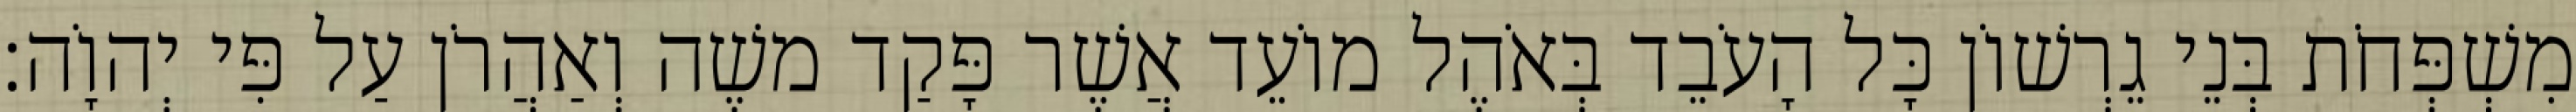
מִשְׁפְּחֹת בְּנֵי גֵרְשׁוֹן כָּל הָעֹבֵד בְּאֹהֶל מוֹעֵד אֲשֶׁר פָּקַד משֶׁה וְאַהֲרֹן עַל פִּי יְהוָֹה׃